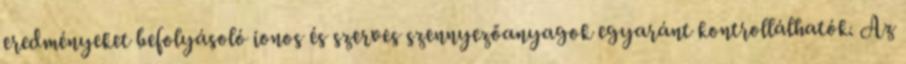
eredményeket befolyásoló ionos és szerves szennyezőanyagok egyaránt kontrollálhatók. Az